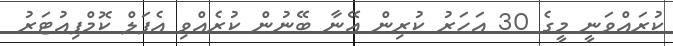
ކުރައްވަނީ މީގެ 30 އަހަރު ކުރިން އޭނާ ބޭނުން ކުރެއްވި އެޕަލް ކޮމްޕިއުޓަރު